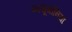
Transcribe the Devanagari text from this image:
प्नयूमोनिया